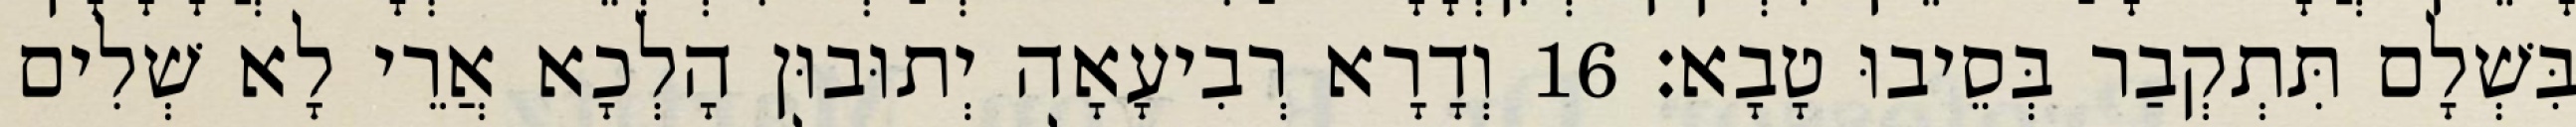
בִּשְׁלָם תִּתְקְבַר בְּסֵיבוּ טָבָא׃ 16 וְדָרָא רְבִיעָאָה יְתוּבוּן הָלְכָא אֲרֵי לָא שְׁלִים